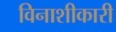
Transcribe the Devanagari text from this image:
विनाशीकारी